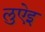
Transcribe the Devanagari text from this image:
लुऐइ